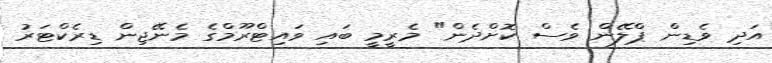
އަދި ވެޑިން ޕްލޭން ވެސް ކޮށްދެން" މެރީމީ ބައި ވައިޓްރޫމްގެ މެނޭޖިން ޑިރެކްޓަރު